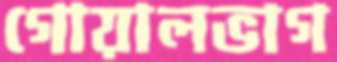
গোয়ালভাগ